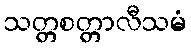
သတ္တစတ္တာလီသမံ